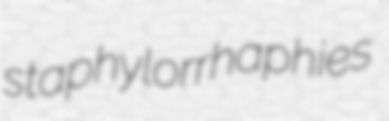
staphylorrhaphies